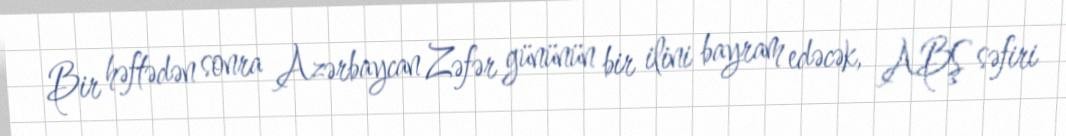
Bir həftədən sonra Azərbaycan Zəfər gününün bir ilini bayram edəcək, ABŞ səfiri